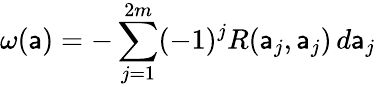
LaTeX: \omega(\mathsf{a})=-\sum_{j=1}^{2m}(-1)^{j}R(\mathsf{a}_{j},\mathsf{a}_{j})\, d\mathsf{a}_{j}